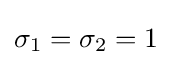
\sigma _{1}=\sigma _{2}=1